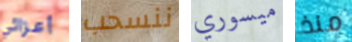
أعزائي ننسحب ميسوري منذ